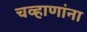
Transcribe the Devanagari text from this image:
चव्हाणांना